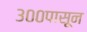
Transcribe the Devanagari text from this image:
३००पासून